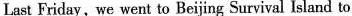
Last Friday, we went to Beijing Survival Island to